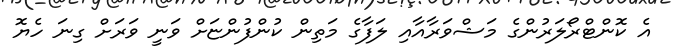
އެ ކޮންޓްރޯލަރުންގެ މަޝްވަރާއާއި ލަފާގެ މަތިން ކުންފުންޏަށް ވަނީ ވަރަށް ގިނަ ހެޔޮ